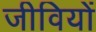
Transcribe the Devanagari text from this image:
जीवियों